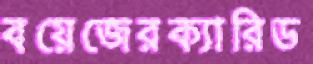
বয়েজেরক্যারিড